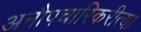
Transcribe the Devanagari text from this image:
अनौपचारिकरीत्या